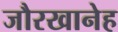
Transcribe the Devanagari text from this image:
जौरखानेह